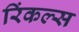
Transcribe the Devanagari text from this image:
रिंकल्स